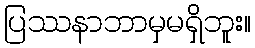
ပြဿနာဘာမှမရှိဘူး။